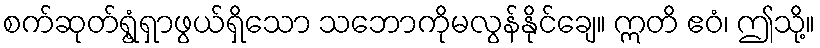
စက်ဆုတ်ရွံ့ရှာဖွယ်ရှိသော သဘောကိုမလွန်နိုင်ချေ။ ဣတိ ဧဝံ၊ ဤသို့။